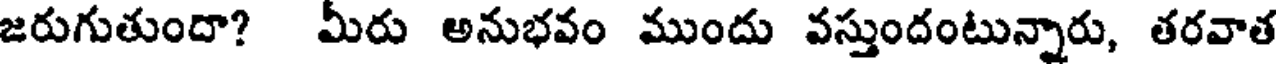
జరుగుతుందా? మీరు అనుభవం ముందు వస్తుందంటున్నారు, తరవాత